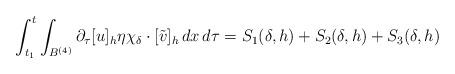
LaTeX: \begin{align*}\int_{t_1}^t &\int_{B^{(4)}}\partial_\tau [u]_h \eta\chi_\delta\cdot [\tilde v]_h \,dx\, d\tau=S_1(\delta,h)+S_2(\delta,h)+S_3(\delta,h)\end{align*}